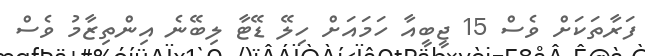
ފަރާތަކަށް ވެސް 15 ޖީބީއާ ހަމައަށް ހިލޭ ޑޭޓާ ލިބޭނެ އިންތިޒާމު ވެސް